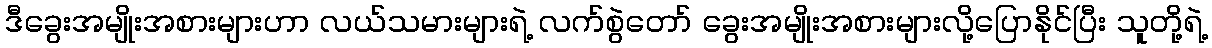
ဒီခွေးအမျိုးအစားများဟာ လယ်သမားများရဲ့ လက်စွဲတော် ခွေးအမျိုးအစားများလို့ပြောနိုင်ပြီး သူတို့ရဲ့